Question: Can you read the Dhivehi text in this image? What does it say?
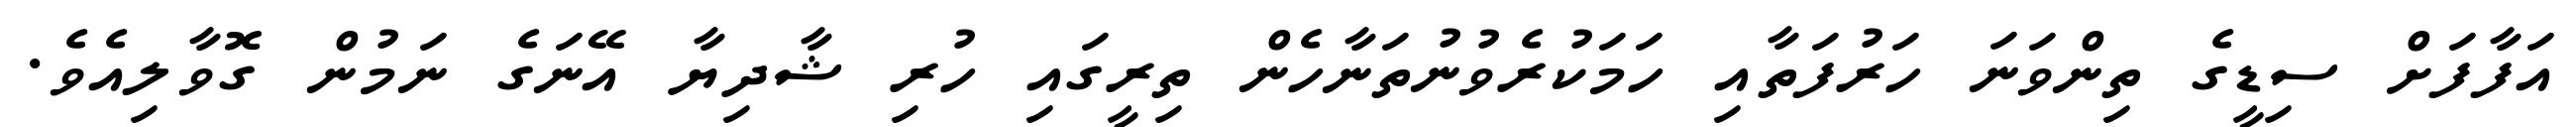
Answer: އަފާފަށް ސިޑީގެ ތިންވަނަ ހަރުފަތާއި ހަމަކުރެވުނުތަނާހެން ތިރީގައި ހުރި ޝާދިޔާ އޭނަގެ ނަމުން ގޮވާލިއެވެ.